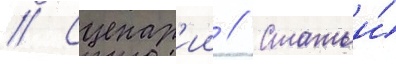
// Сценар'ии // Статьи́